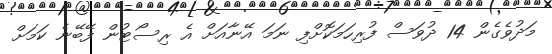
މަދުވެގެން 14 ދުވަސް ފުރިހަމަކޮށްފި ނަމަ އޭނާއަށް އެ ރިސޯޓުން ފޭބޭނެ ކަމަށް